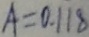
A = 0 . 1 1 8